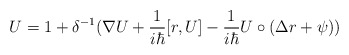
\begin{align*}U=1+\delta ^{-1}(\nabla U+\frac 1{i\hbar }[r,U]-\frac 1{i\hbar }U\circ(\Delta r+\psi )) \end{align*}